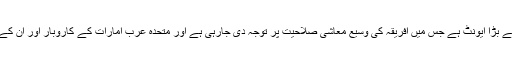
گلوبل بزنس فورم ، افریقہ 2019 اس خطے میں اپنی نوعیت کا سب سے بڑا ایونٹ ہے جس میں افریقہ کی وسیع معاشی صلاحیت پر توجہ دی جارہی ہے اور متحدہ عرب امارات کے کاروبار اور ان کے افریقی ہم منصبوں کے مابین تعاون کی نئی راہیں تلاش کی جائیں گی۔